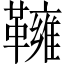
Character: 𩍓